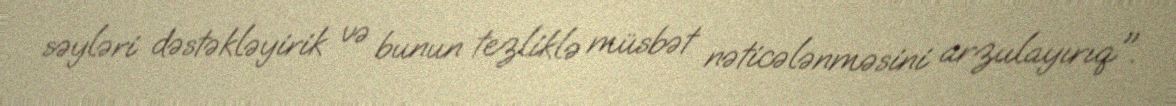
səyləri dəstəkləyirik və bunun tezliklə müsbət nəticələnməsini arzulayırıq".